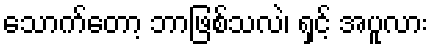
သောက်တော့ ဘာဖြစ်သလဲ၊ ရှင့် အပူလား